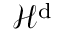
\mathcal { H } ^ { \mathrm { d } }